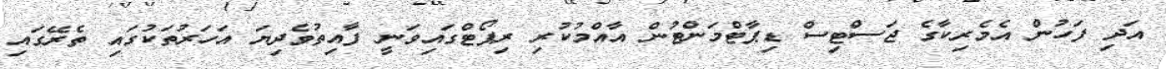
އަދި ފަހުން އެމެރިކާގެ ޖަސްޓިސް ޑިޕާޓްމަންޓުން އާއްމުކުރި ރިޕޯޓްގައިވަނީ ފާއިތުވެދިޔަ އަހަރުތަކުގައި ތެރޭގައި